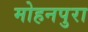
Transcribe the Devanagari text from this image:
मोहनपुरा